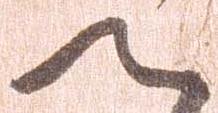
へ